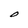
Character: O